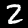
Digit: 2